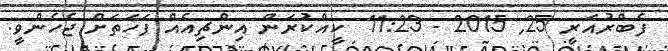
ފެބްރުއަރީ 25